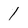
Character: 1